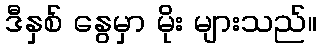
ဒီနှစ် နွေမှာ မိုး များသည်။